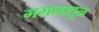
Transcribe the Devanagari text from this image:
गगनातुन